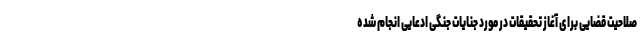
صلاحیت قضایی برای آغاز تحقیقات در مورد جنایات جنگی ادعایی انجام شده